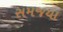
સમજયા